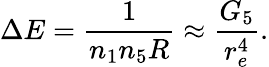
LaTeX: \Delta E=\frac{1}{n_{1}n_{5}R}\approx\frac{G_{5}}{r_{e}^{4}}.